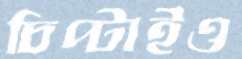
চিপ্‌টাইও